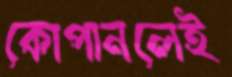
কোপানলেই